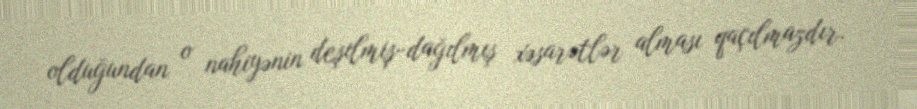
olduğundan o nahiyənin deşilmiş-dağılmış xəsarətlər alması qaçılmazdır.